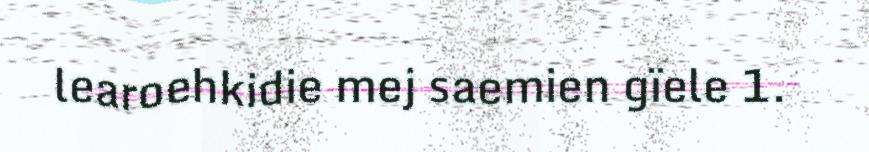
learoehkidie mej saemien gïele 1.